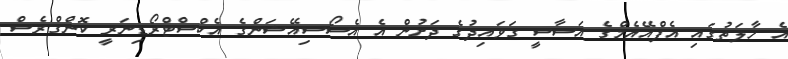
އެ ހާލަތުގައި އެފްއޭއެމްގެ އަސާސީ ގަވައިދުގެ ދަށުން އެ އެސޯސިއޭޝަންގެ އެކްސްޓްރޯޑިނަރީ ކޮންގްރެސް